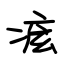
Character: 痃